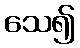
သေ၍